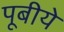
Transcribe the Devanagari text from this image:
पूबीये